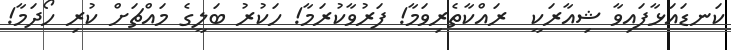
ކަނޑައަޅާފައިވާ ޝިއާރަކީ  ރައްކާތެރިވަމާ! ފަރުވާކުރަމާ! ހަކުރު ބަލީގެ މައްޗަށް ކުރި ހޯދަމާ!